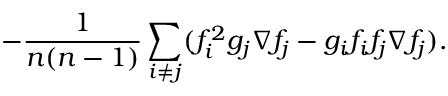
- \frac 1 { n ( n - 1 ) } \sum _ { i \neq j } ( f _ { i } ^ { 2 } g _ { j } \nabla f _ { j } - g _ { i } f _ { i } f _ { j } \nabla f _ { j } ) .